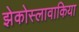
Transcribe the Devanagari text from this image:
झेकोस्लावाकिया